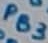
Text: PB3